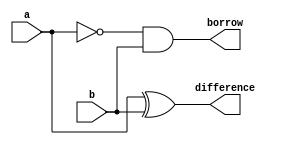
module hasub(a,b,difference,borrow);
input a,b;
output difference,borrow;
wire w1;
xor g1(difference,a,b);
not g2(w1,a);
and g3(borrow,w1,b);
endmodule